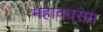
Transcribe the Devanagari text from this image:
महावधसम